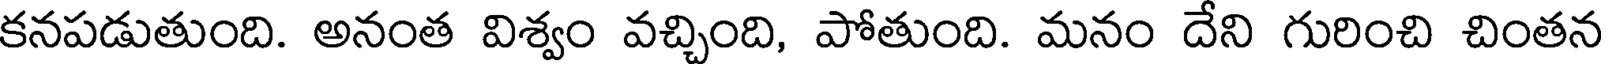
కనపడుతుంది. అనంత విశ్వం వచ్చింది, పోతుంది. మనం దేని గురించి చింతన